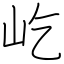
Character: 屹